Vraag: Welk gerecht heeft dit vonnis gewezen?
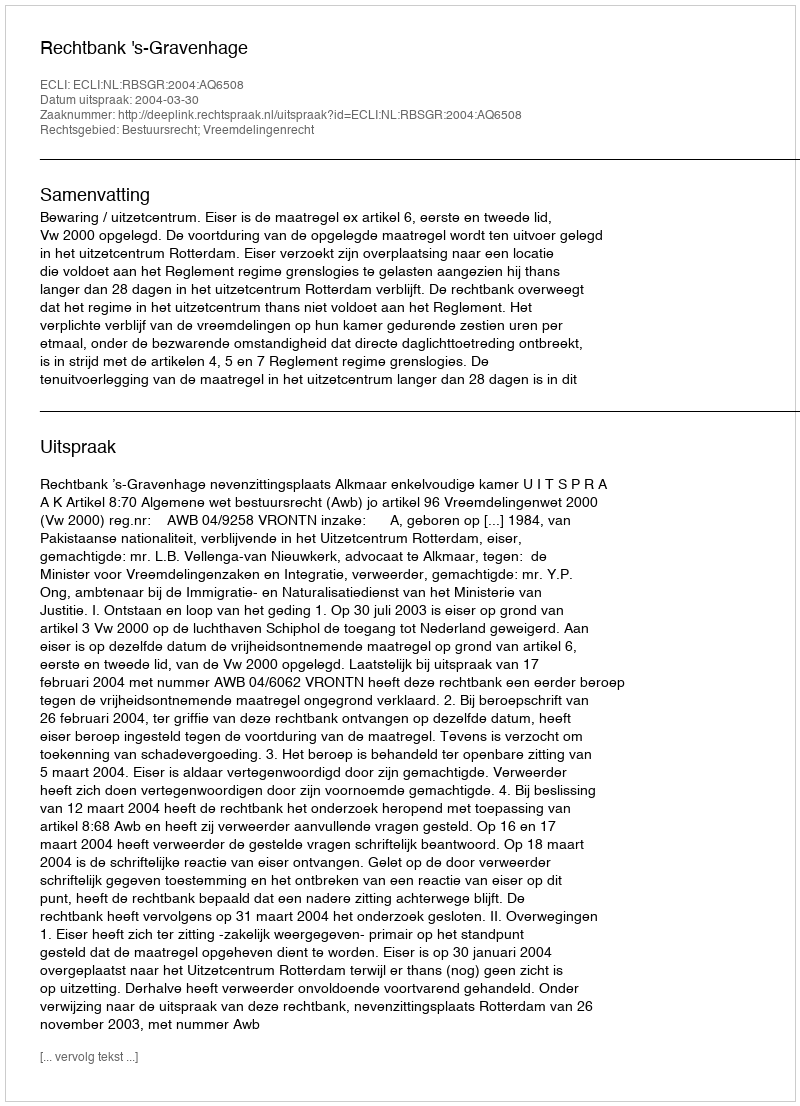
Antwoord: Rechtbank 's-Gravenhage